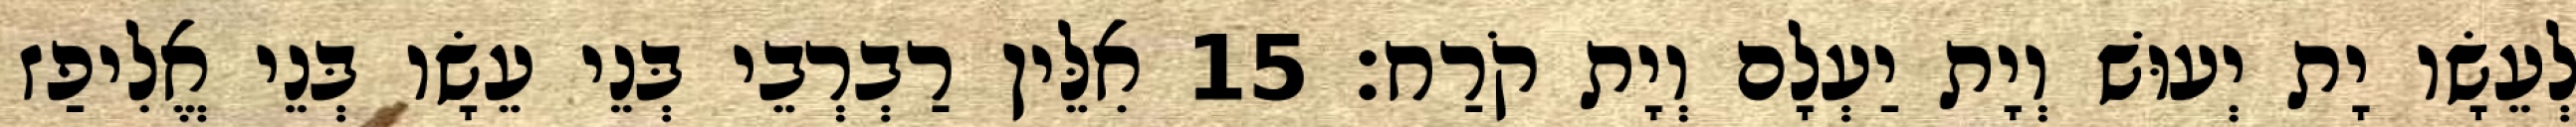
לְעֵשָׂו יָת יְעוּשׁ וְיָת יַעְלָם וְיָת קֹרַח׃ 15 אִלֵּין רַבְרְבֵי בְּנֵי עֵשָׂו בְּנֵי אֱלִיפַז